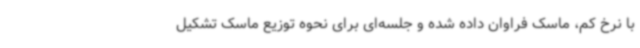
با نرخ کم، ماسک فراوان داده شده و جلسه‌ای برای نحوه توزیع ماسک تشکیل